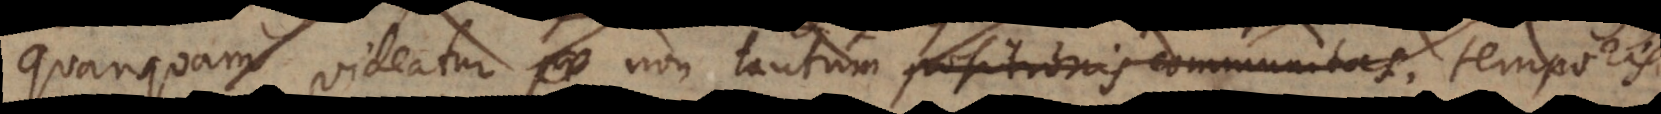
quanquam videatur non tantum positionis communitas, temporis